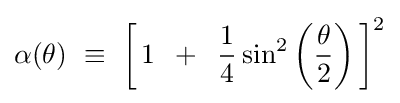
\alpha (\theta )\,\,\equiv \,\,\left[{\,1\,\,\,+\,\,\,{1 \over 4}\sin ^{2}\left({\theta  \over 2}\right)\,}\right]^{2}